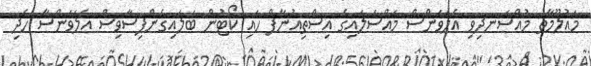
މައުލޫމާތު މުއްސަނދިވި އެލަވަންސް މައްސަލައިގެ އިސްތިއުނާފް ހައި ކޯޓުން ބަލައިގެންފިސާވިސް އެލަވަންސާ ހެދި